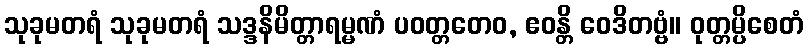
သုခုမတရံ သုခုမတရံ သဒ္ဒနိမိတ္တာရမ္မဏံ ပဝတ္တတေဝ, ဧဝန္တိ ဝေဒိတဗ္ဗံ။ ဝုတ္တမ္ပိစေတံ